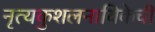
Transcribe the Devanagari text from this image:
नृत्यकुशलनायिकेची